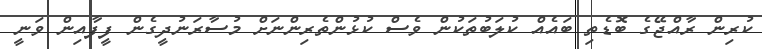
ކުރިން ރާއްޖޭގެ ބޮޑެތި ބައެއް ކުލަބުތަކުން ވެސް ކުޅުންތެރިންނަށް މުސާރަނުދީގެން ފީފާއިން ވަނީ